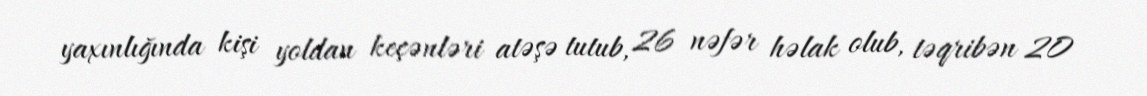
yaxınlığında kişi yoldan keçənləri atəşə tutub, 26 nəfər həlak olub, təqribən 20